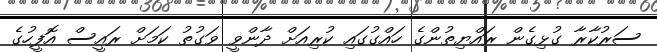
ސަރުކާރާ ގުޅިގެން ރައްޔިތުންގެ ހައްގުގައި ކުރިއަށް ދާންވީ ވަގުތު ކަމަށް ރައީސް އޮފީހުގެ